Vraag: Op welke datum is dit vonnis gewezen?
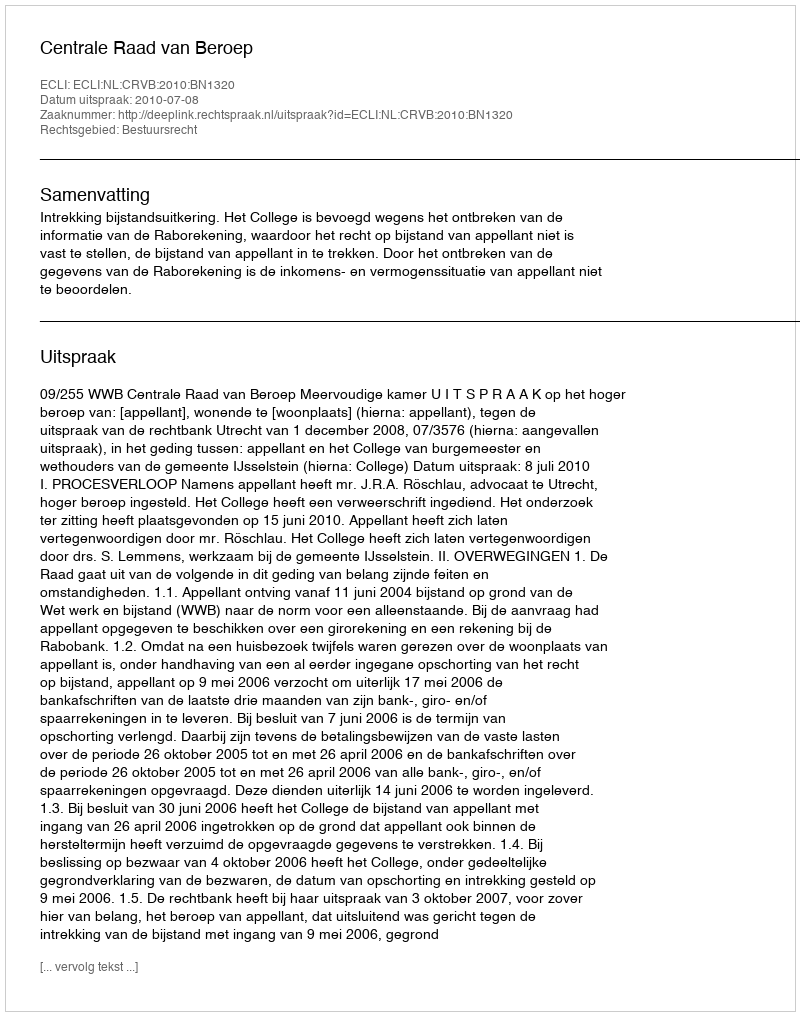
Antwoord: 2010-07-08